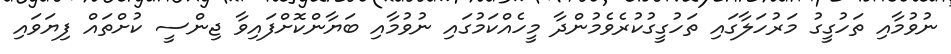
ނުވުމާއި ތަހުގީގު މަރުހަލާގައި ތަހުގީގުކުރެވެމުންދާ މީހެއްކަމުގައި ނުވުމާއި ބަޔާންކޮށްފައިވާ ޖިންސީ ކުށްތައް ފިޔަވައި